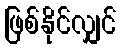
ဖြစ်နိုင်လျှင်